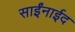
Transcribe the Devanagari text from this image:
साईंनाईद